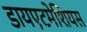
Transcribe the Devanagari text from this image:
डायएटमेशियस